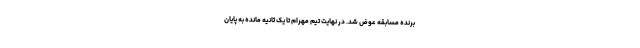
برنده مسابقه عوض شد. در نهایت تیم مهرام تا یک ثانیه مانده به پایان